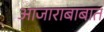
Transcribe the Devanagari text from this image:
आजाराबाबात